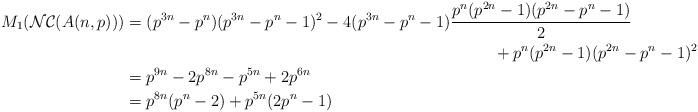
LaTeX: \begin{align*} M_{1}(\mathcal{NC}(A(n, p)))&=(p^{3n}-p^{n})(p^{3n}-p^{n}-1)^{2}-4(p^{3n}-p^{n}-1)\dfrac{p^{n}(p^{2n}-1)(p^{2n}-p^{n}-1)}{2}\\ &~~~~~~~~~~~~~~~~~~~~~~~~~~~~~~~~~~~~~~~~~~~~~~~~~~~~~~~~~~~~~~~~~~~~+p^{n}(p^{2n}-1)(p^{2n}-p^{n}-1)^{2}\\ &= p^{9n}-2p^{8n}-p^{5n}+2p^{6n} \\ &= p^{8n}(p^{n}-2)+p^{5n}(2p^{n}-1)\end{align*}